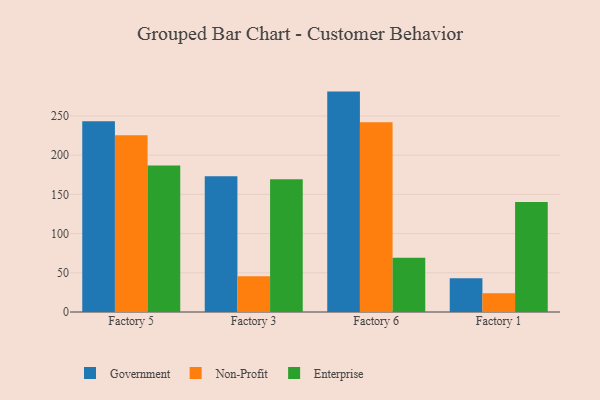
{"axis": {"x": "Factory", "y": "Gross Profit (USD K)"}, "legend": ["Enterprise", "Government", "Non-Profit"], "data": [{"x": "Factory 5", "y": 243.3, "type": "Government"}, {"x": "Factory 5", "y": 225.4, "type": "Non-Profit"}, {"x": "Factory 5", "y": 186.9, "type": "Enterprise"}, {"x": "Factory 3", "y": 173.0, "type": "Government"}, {"x": "Factory 3", "y": 45.7, "type": "Non-Profit"}, {"x": "Factory 3", "y": 169.4, "type": "Enterprise"}, {"x": "Factory 6", "y": 281.0, "type": "Government"}, {"x": "Factory 6", "y": 241.8, "type": "Non-Profit"}, {"x": "Factory 6", "y": 69.2, "type": "Enterprise"}, {"x": "Factory 1", "y": 42.9, "type": "Government"}, {"x": "Factory 1", "y": 23.8, "type": "Non-Profit"}, {"x": "Factory 1", "y": 140.1, "type": "Enterprise"}]}